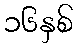
၁၆နှစ်